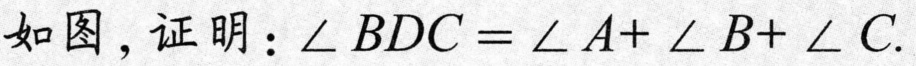
如图，证明：\(\angle BDC=\angle A + \angle B+\angle C\).